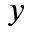
y